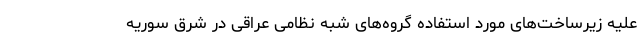
علیه زیرساخت‌های مورد استفاده گروه‌های شبه نظامی عراقی در شرق سوریه